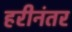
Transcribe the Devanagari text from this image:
हरीनंतर